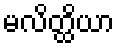
မလိတ္ထိယာ